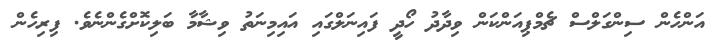
އަންހެން ސިންގަލްސް ޗެމްޕިއަންކަން ވިދާދު ހޯދީ ފައިނަލްގައި އައިމިނަތު ވިޝާމާ ބަލިކޮށްގެންނެވެ. ފިރިހެން